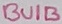
Text: BUIB